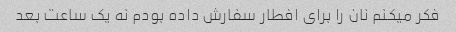
فکر میکنم نان را برای افطار سفارش داده بودم نه یک ساعت بعد